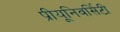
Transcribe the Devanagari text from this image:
प्रीयूनिवर्सिटी